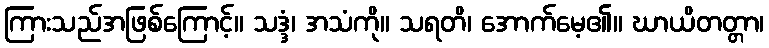
ကြားသည်အဖြစ်ကြောင့်။ သဒ္ဒံ၊ အသံကို။ သရတိ၊ အောက်မေ့၏။ ဃာယိတတ္တာ၊